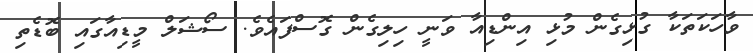
ވާހަކަތަކާ ގުޅިގެން މުޅި އިންޑިއާ ވަނީ ހިލިގެން ގޮސްފައެވެ. ސޯޝަލް މީޑިއާގައި ބޮޑެތި